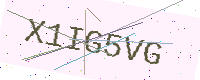
Text: X1IG5VG